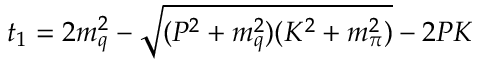
t _ { 1 } = 2 m _ { q } ^ { 2 } - \sqrt { ( P ^ { 2 } + m _ { q } ^ { 2 } ) ( K ^ { 2 } + m _ { \pi } ^ { 2 } ) } - 2 P K